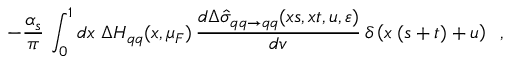
- \frac { \alpha _ { s } } { \pi } \, \int _ { 0 } ^ { 1 } d x \; \Delta H _ { q q } ( x , \mu _ { F } ) \, \frac { d \Delta \hat { \sigma } _ { q q \to q q } ( x s , x t , u , \varepsilon ) } { d v } \, \delta \left( x \; ( s + t ) + u \right) \; \; ,